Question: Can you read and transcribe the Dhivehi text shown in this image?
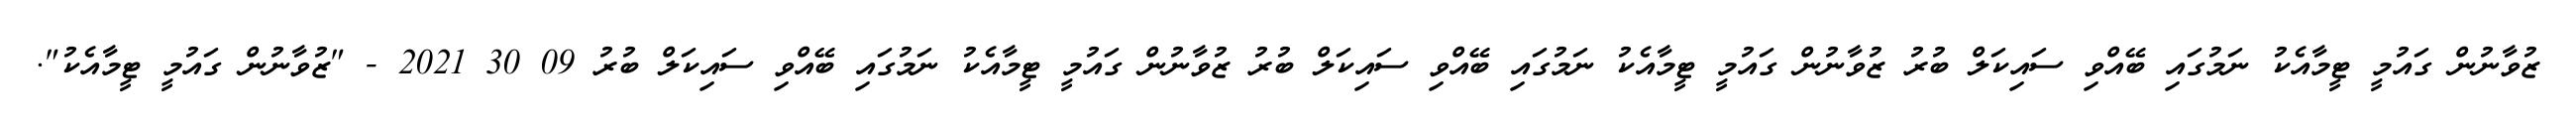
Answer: ޒުވާނުން ގައުމީ ޓީމާއެކު ނަމުގައި ބޭއްވި ސައިކަލް ބުރު ޒުވާނުން ގައުމީ ޓީމާއެކު ނަމުގައި ބޭއްވި ސައިކަލް ބުރު ޒުވާނުން ގައުމީ ޓީމާއެކު ނަމުގައި ބޭއްވި ސައިކަލް ބުރު 09 30 2021 - "ޒުވާނުން ގައުމީ ޓީމާއެކު".